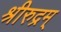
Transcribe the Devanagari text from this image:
श्रीरुद्रम्